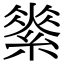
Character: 𦃚